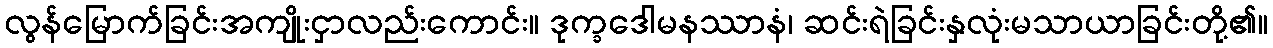
လွန်မြောက်ခြင်းအကျိုးငှာလည်းကောင်း။ ဒုက္ခဒေါမနဿာနံ၊ ဆင်းရဲခြင်းနှလုံးမသာယာခြင်းတို့၏။